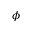
\phi